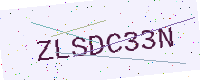
Text: ZLSDC33N